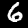
Digit: 6